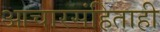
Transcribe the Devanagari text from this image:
आचारसंहिताही